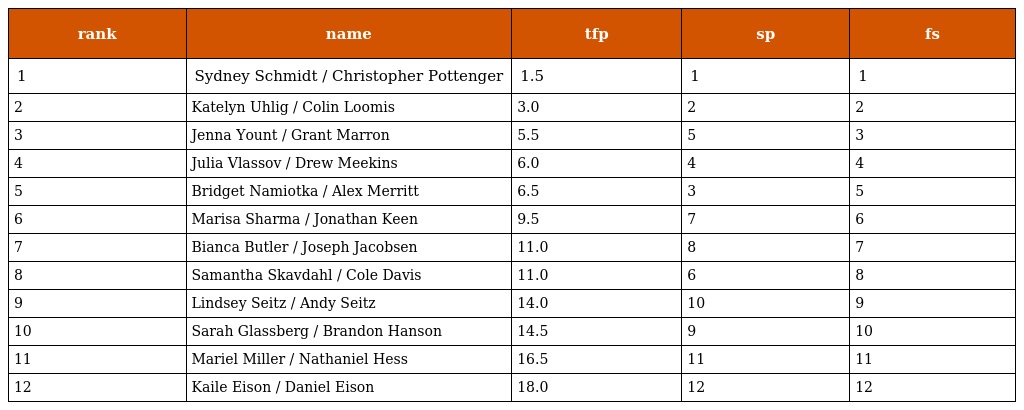
| rank | name | tfp | sp | fs |
 | --- | --- | --- | --- | --- |
 | 1 | Sydney Schmidt / Christopher Pottenger | 1.5 | 1 | 1 |
 | 2 | Katelyn Uhlig / Colin Loomis | 3.0 | 2 | 2 |
 | 3 | Jenna Yount / Grant Marron | 5.5 | 5 | 3 |
 | 4 | Julia Vlassov / Drew Meekins | 6.0 | 4 | 4 |
 | 5 | Bridget Namiotka / Alex Merritt | 6.5 | 3 | 5 |
 | 6 | Marisa Sharma / Jonathan Keen | 9.5 | 7 | 6 |
 | 7 | Bianca Butler / Joseph Jacobsen | 11.0 | 8 | 7 |
 | 8 | Samantha Skavdahl / Cole Davis | 11.0 | 6 | 8 |
 | 9 | Lindsey Seitz / Andy Seitz | 14.0 | 10 | 9 |
 | 10 | Sarah Glassberg / Brandon Hanson | 14.5 | 9 | 10 |
 | 11 | Mariel Miller / Nathaniel Hess | 16.5 | 11 | 11 |
 | 12 | Kaile Eison / Daniel Eison | 18.0 | 12 | 12 |